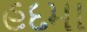
હદમા